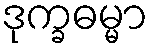
ဒုက္ခဓမ္မာ